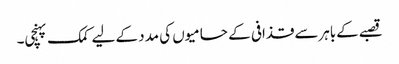
قصبےکےباہرسےقذافی کے حامیوں کی مدد کے لیے کمک پہنچی۔